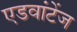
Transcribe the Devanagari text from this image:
एडवांटेंज